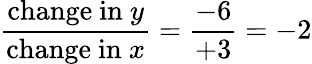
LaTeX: {\frac{{\mathrm{change~in~}}y}{{\mathrm{change~in~}}x}}={\frac{-6}{+3}}=-2